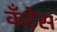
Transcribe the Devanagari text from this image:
कॅंटेस